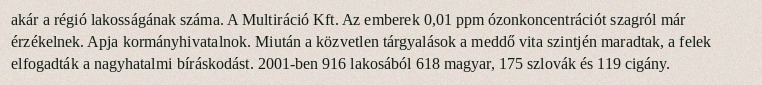
akár a régió lakosságának száma. A Multiráció Kft. Az emberek 0,01 ppm ózonkoncentrációt szagról már érzékelnek. Apja kormányhivatalnok. Miután a közvetlen tárgyalások a meddő vita szintjén maradtak, a felek elfogadták a nagyhatalmi bíráskodást. 2001-ben 916 lakosából 618 magyar, 175 szlovák és 119 cigány.